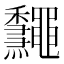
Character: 𪔁